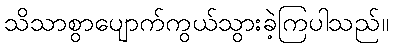
သိသာစွာပျောက်ကွယ်သွားခဲ့ကြပါသည်။